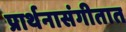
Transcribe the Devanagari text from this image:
प्रार्थनासंगीतात